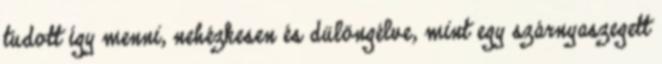
tudott így menni, nehézkesen és dülöngélve, mint egy szárnyaszegett